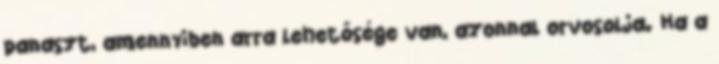
panaszt, amennyiben arra lehetősége van, azonnal orvosolja. Ha a